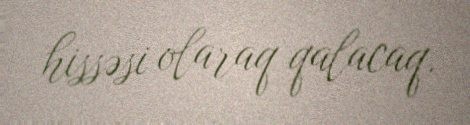
hissəsi olaraq qalacaq.